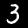
Digit: 3